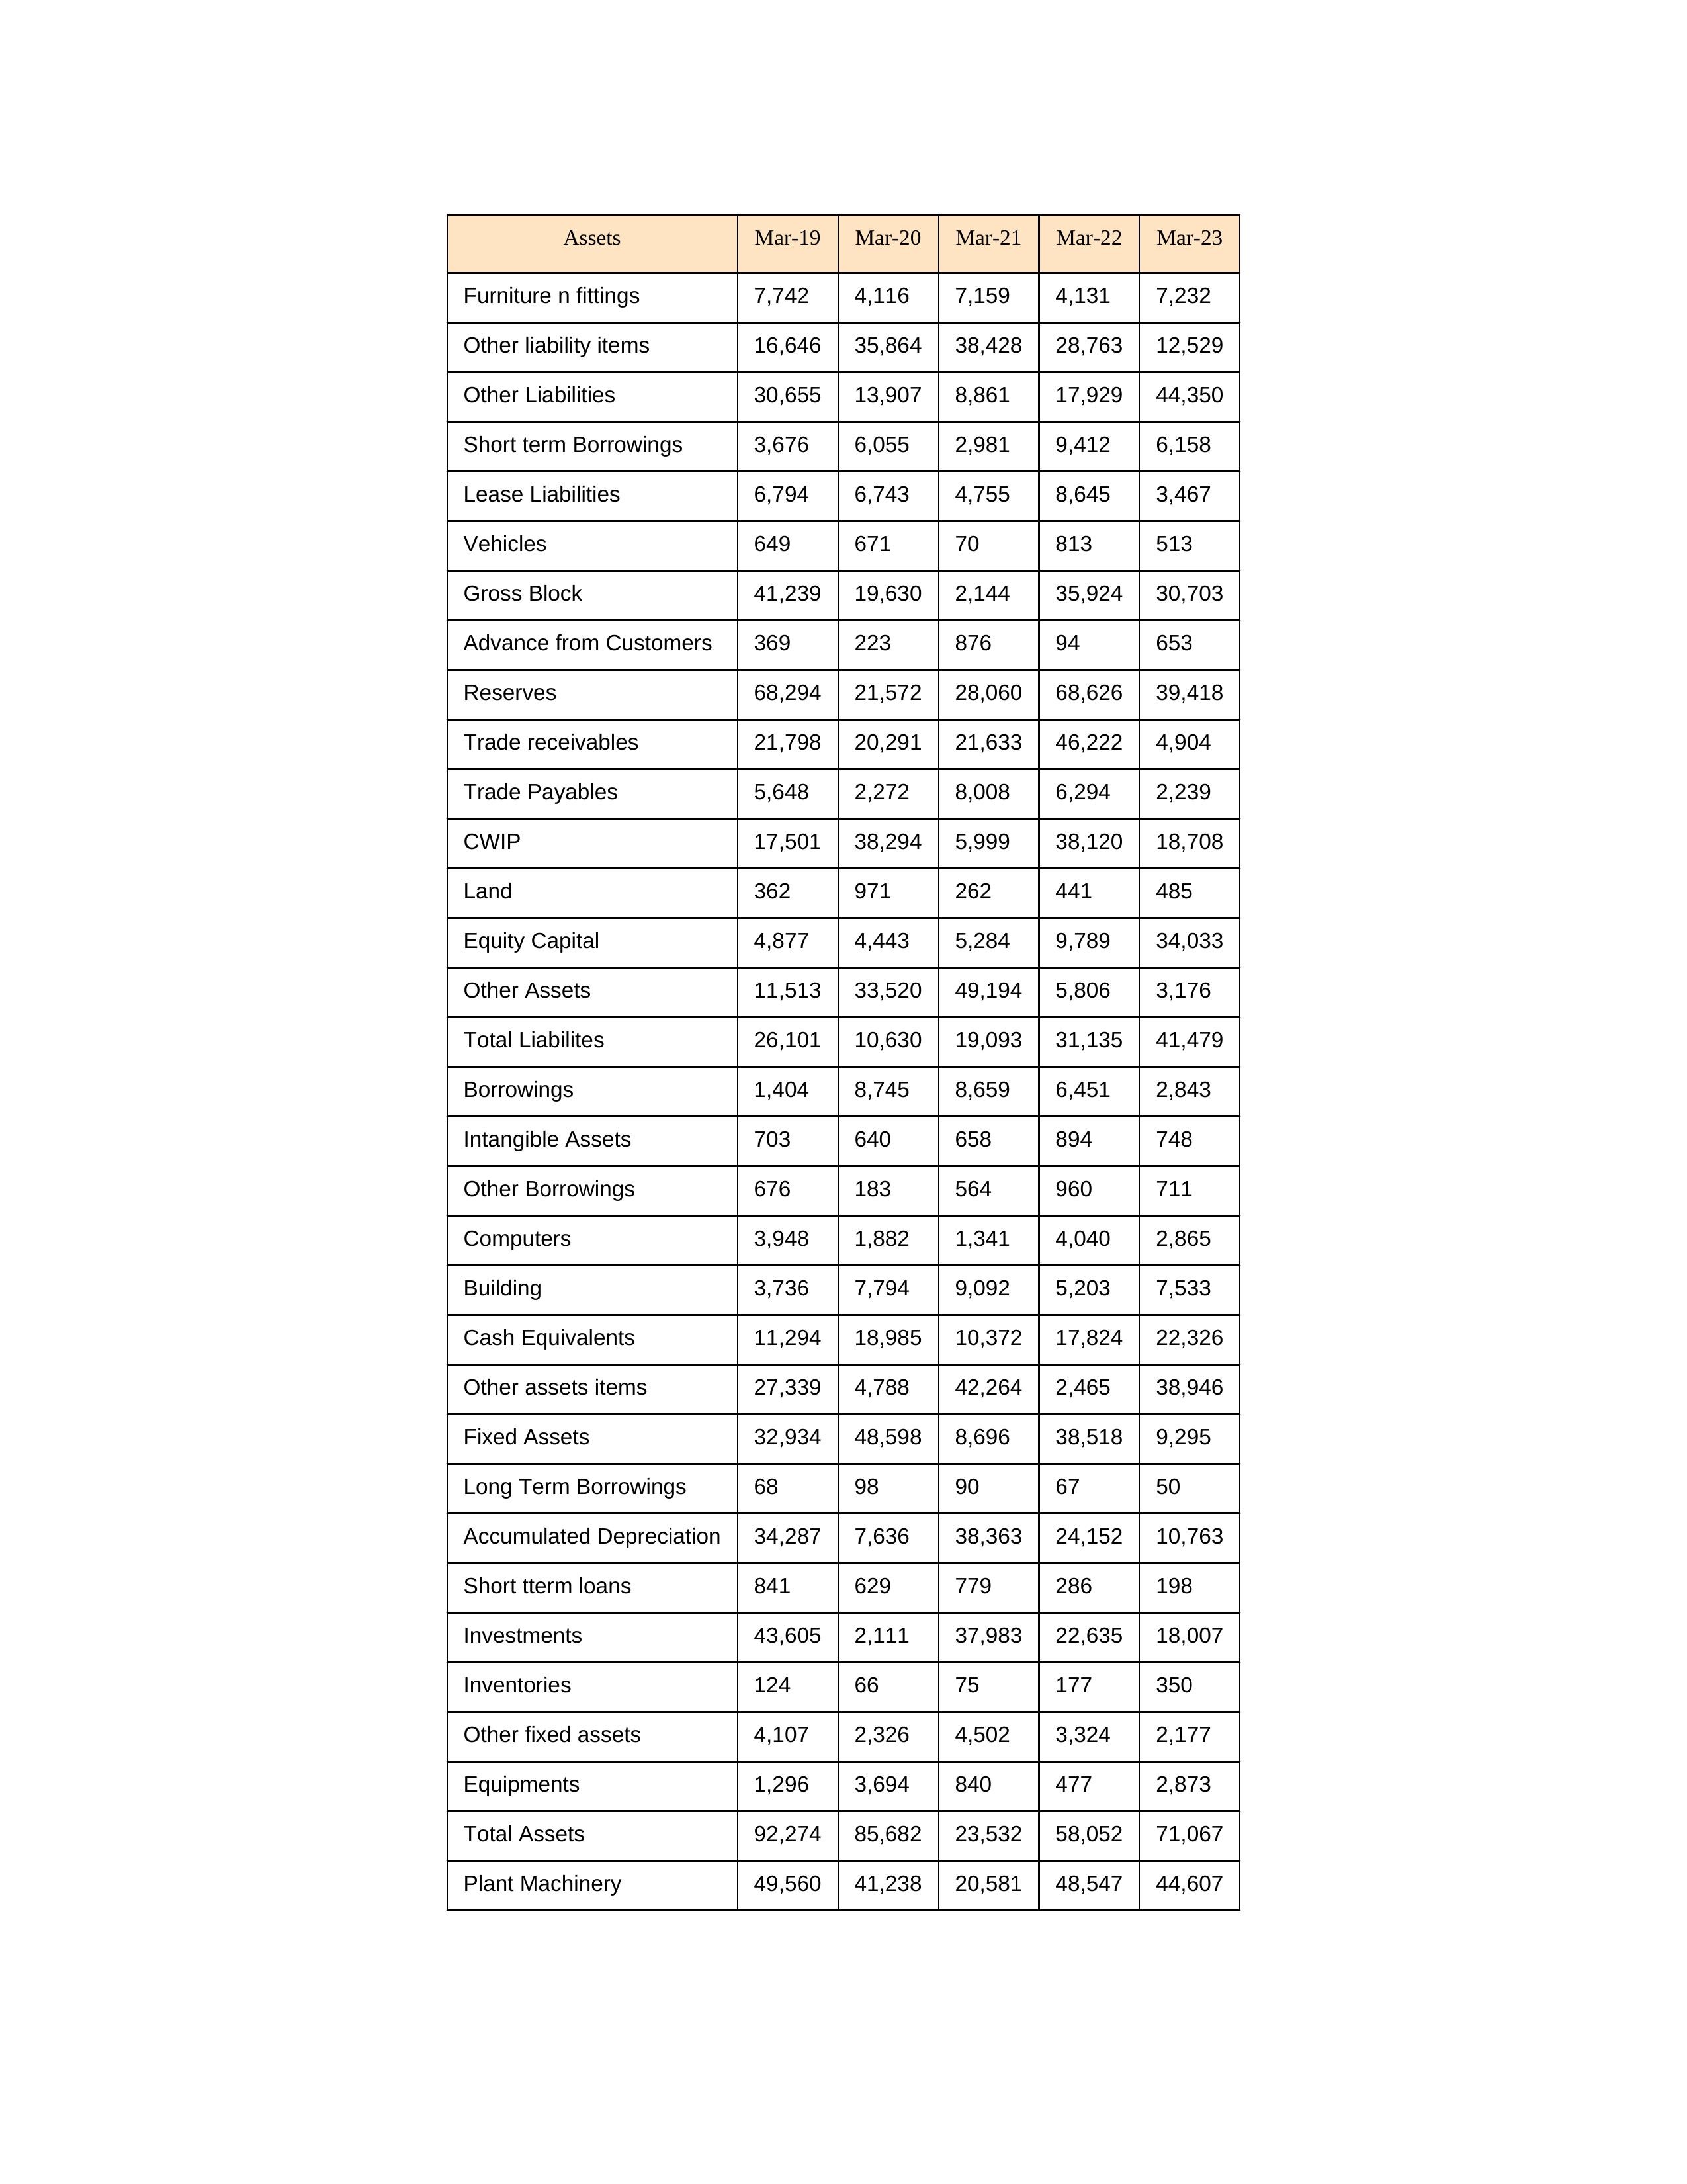
gt_parse: Mar-19: Equity Capital: 4,877
Reserves: 68,294
Borrowings: 1,404
Long Term Borrowings: 68
Short term Borrowings: 3,676
Lease Liabilities: 6,794
Other Borrowings: 676
Other Liabilities: 30,655
Trade Payables: 5,648
Advance from Customers: 369
Other liability items: 16,646
Total Liabilites: 26,101
Fixed Assets: 32,934
Land: 362
Building: 3,736
Plant Machinery: 49,560
Equipments: 1,296
Computers: 3,948
Furniture n fittings: 7,742
Vehicles: 649
Intangible Assets: 703
Other fixed assets: 4,107
Gross Block: 41,239
Accumulated Depreciation: 34,287
CWIP: 17,501
Investments: 43,605
Other Assets: 11,513
Inventories: 124
Trade receivables: 21,798
Cash Equivalents: 11,294
Short tterm loans: 841
Other assets items: 27,339
Total Assets: 92,274
Mar-20: Equity Capital: 4,443
Reserves: 21,572
Borrowings: 8,745
Long Term Borrowings: 98
Short term Borrowings: 6,055
Lease Liabilities: 6,743
Other Borrowings: 183
Other Liabilities: 13,907
Trade Payables: 2,272
Advance from Customers: 223
Other liability items: 35,864
Total Liabilites: 10,630
Fixed Assets: 48,598
Land: 971
Building: 7,794
Plant Machinery: 41,238
Equipments: 3,694
Computers: 1,882
Furniture n fittings: 4,116
Vehicles: 671
Intangible Assets: 640
Other fixed assets: 2,326
Gross Block: 19,630
Accumulated Depreciation: 7,636
CWIP: 38,294
Investments: 2,111
Other Assets: 33,520
Inventories: 66
Trade receivables: 20,291
Cash Equivalents: 18,985
Short tterm loans: 629
Other assets items: 4,788
Total Assets: 85,682
Mar-21: Equity Capital: 5,284
Reserves: 28,060
Borrowings: 8,659
Long Term Borrowings: 90
Short term Borrowings: 2,981
Lease Liabilities: 4,755
Other Borrowings: 564
Other Liabilities: 8,861
Trade Payables: 8,008
Advance from Customers: 876
Other liability items: 38,428
Total Liabilites: 19,093
Fixed Assets: 8,696
Land: 262
Building: 9,092
Plant Machinery: 20,581
Equipments: 840
Computers: 1,341
Furniture n fittings: 7,159
Vehicles: 70
Intangible Assets: 658
Other fixed assets: 4,502
Gross Block: 2,144
Accumulated Depreciation: 38,363
CWIP: 5,999
Investments: 37,983
Other Assets: 49,194
Inventories: 75
Trade receivables: 21,633
Cash Equivalents: 10,372
Short tterm loans: 779
Other assets items: 42,264
Total Assets: 23,532
Mar-22: Equity Capital: 9,789
Reserves: 68,626
Borrowings: 6,451
Long Term Borrowings: 67
Short term Borrowings: 9,412
Lease Liabilities: 8,645
Other Borrowings: 960
Other Liabilities: 17,929
Trade Payables: 6,294
Advance from Customers: 94
Other liability items: 28,763
Total Liabilites: 31,135
Fixed Assets: 38,518
Land: 441
Building: 5,203
Plant Machinery: 48,547
Equipments: 477
Computers: 4,040
Furniture n fittings: 4,131
Vehicles: 813
Intangible Assets: 894
Other fixed assets: 3,324
Gross Block: 35,924
Accumulated Depreciation: 24,152
CWIP: 38,120
Investments: 22,635
Other Assets: 5,806
Inventories: 177
Trade receivables: 46,222
Cash Equivalents: 17,824
Short tterm loans: 286
Other assets items: 2,465
Total Assets: 58,052
Mar-23: Equity Capital: 34,033
Reserves: 39,418
Borrowings: 2,843
Long Term Borrowings: 50
Short term Borrowings: 6,158
Lease Liabilities: 3,467
Other Borrowings: 711
Other Liabilities: 44,350
Trade Payables: 2,239
Advance from Customers: 653
Other liability items: 12,529
Total Liabilites: 41,479
Fixed Assets: 9,295
Land: 485
Building: 7,533
Plant Machinery: 44,607
Equipments: 2,873
Computers: 2,865
Furniture n fittings: 7,232
Vehicles: 513
Intangible Assets: 748
Other fixed assets: 2,177
Gross Block: 30,703
Accumulated Depreciation: 10,763
CWIP: 18,708
Investments: 18,007
Other Assets: 3,176
Inventories: 350
Trade receivables: 4,904
Cash Equivalents: 22,326
Short tterm loans: 198
Other assets items: 38,946
Total Assets: 71,067